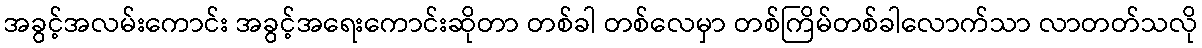
အခွင့်အလမ်းကောင်း အခွင့်အရေးကောင်းဆိုတာ တစ်ခါ တစ်လေမှာ တစ်ကြိမ်တစ်ခါလောက်သာ လာတတ်သလို